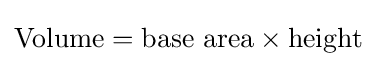
\mathrm {Volume} ={\text{base area}}\times {\text{height}}